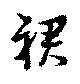
裾